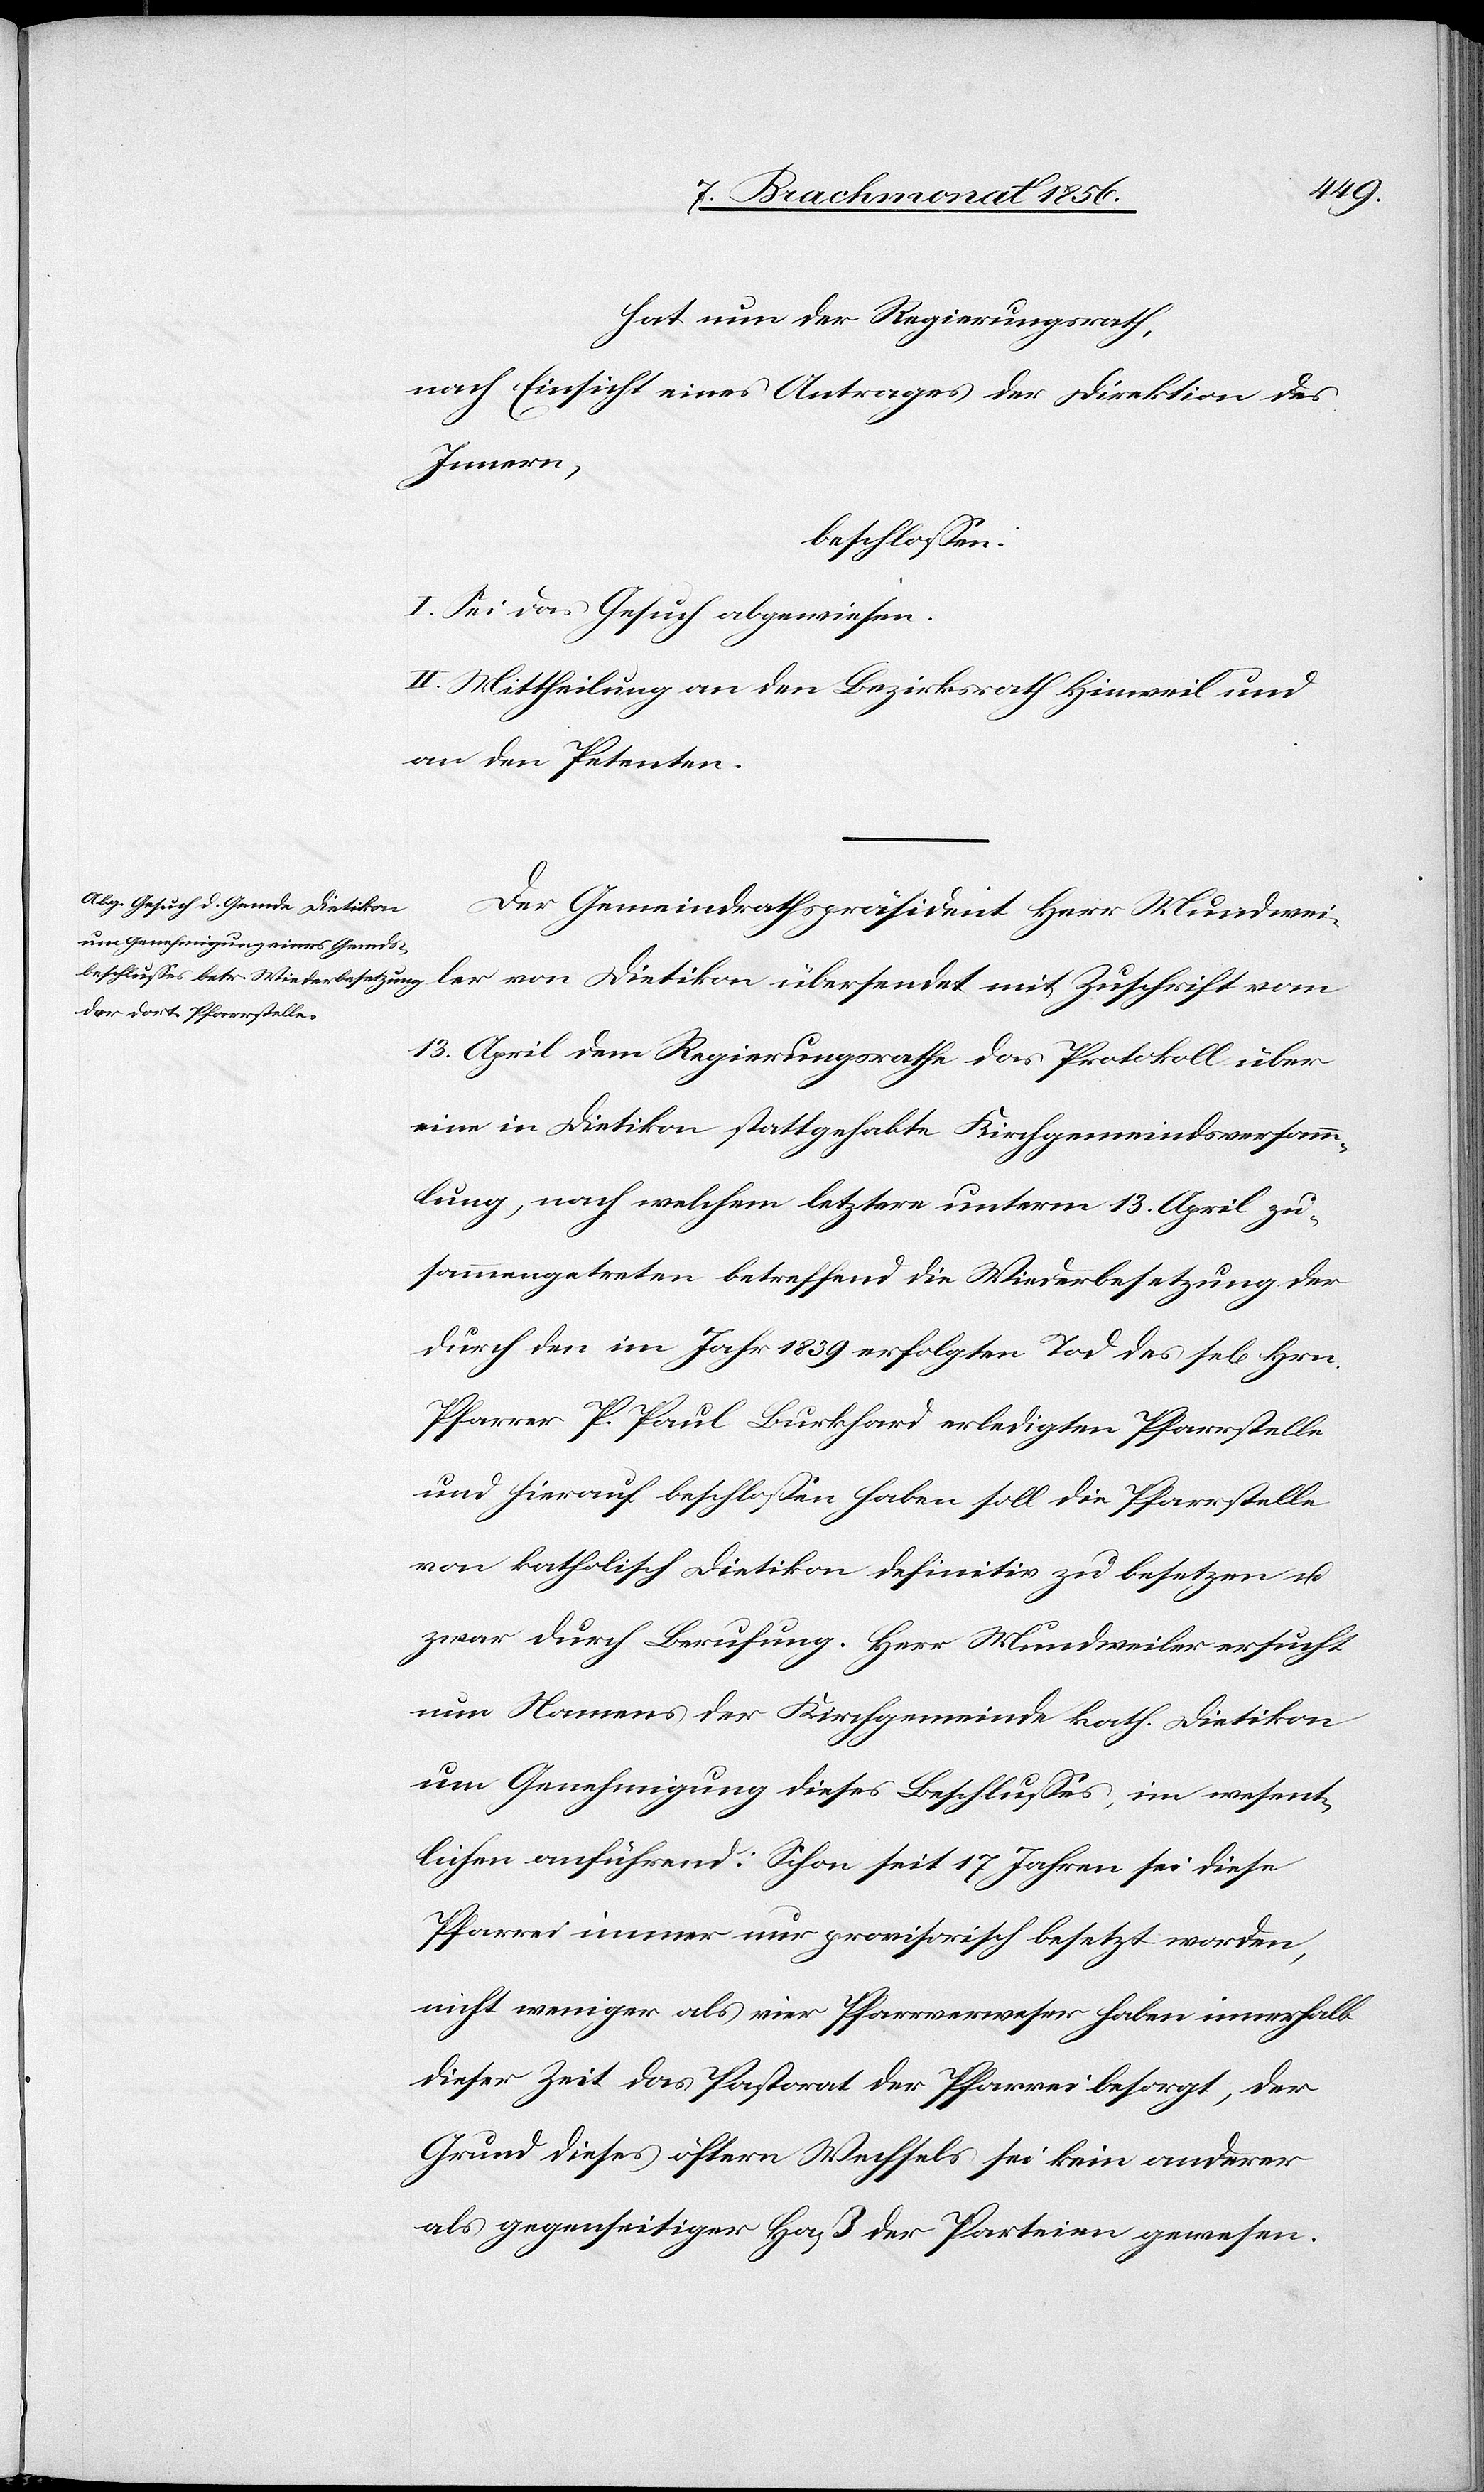
hat nun der Regierungsrath,
nach Einsicht eines Antrages der Direktion des
Innern,
beschlossen:
I. Sei das Gesuch abgewiesen.
II. Mittheilung an den Bezirksrath Hinweil und
an den Petenten.
Der Gemeindrathspräsident Herr Mundwei¬
ler von Dietikon übersendet mit Zuschrift vom
13. April dem Regierungsrathe das Protokoll über
eine in Dietikon stattgehabte Kirchgemeindsversamm¬
lung, nach welchem letztere unterm 13. April zu¬
sammengetreten betreffend die Wiederbesetzung der
durch den im Jahr 1839 erfolgten Tod des sel[igen]
Pfarrer P. Paul Burkhard erledigten Pfarrstelle
und hierauf beschlossen haben soll die Pfarrstelle
von katholisch Dietikon definitiv zu besetzen u.
zwar durch Berufung. Herr Mundweiler ersucht
nun Namens der Kirchgemeinde kath. Dietikon
um Genehmigung dieses Beschlusses, im wesent¬
lichen anführend: Schon seit 17 Jahren sei diese
Pfarrei immer nur provisorisch besetzt worden,
nicht weniger als vier Pfarrverweser haben innerhalb
dieser Zeit das Pastorat der Pfarrei besorgt, der
Grund dieses öftern Wechsels sei kein anderer
als gegenseitiger Haß der Parteien gewesen.